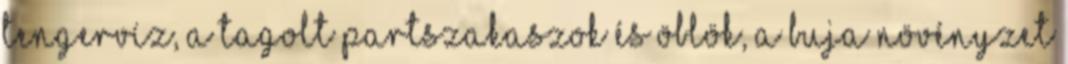
tengervíz, a tagolt partszakaszok és öblök, a buja növényzet